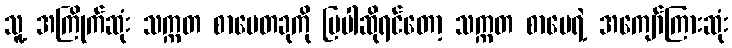
သူ့ အကြိုက်ဆုံး သက္ကတ စာပေတခုကို ပြပါဆိုရင်တော့ သက္ကတ စာပေရဲ့ အကျော်ကြားဆုံး